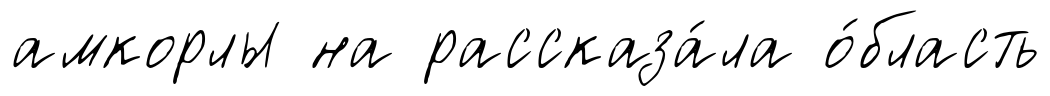
амкорлы на рассказа́ла о́бласть